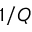
1 / Q